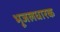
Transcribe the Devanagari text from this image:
भूजलधारक